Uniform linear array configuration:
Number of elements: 16
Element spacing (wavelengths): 0.5
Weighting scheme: binomial
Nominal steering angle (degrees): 45
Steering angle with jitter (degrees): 46.966
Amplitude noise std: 0.05
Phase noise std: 0.05

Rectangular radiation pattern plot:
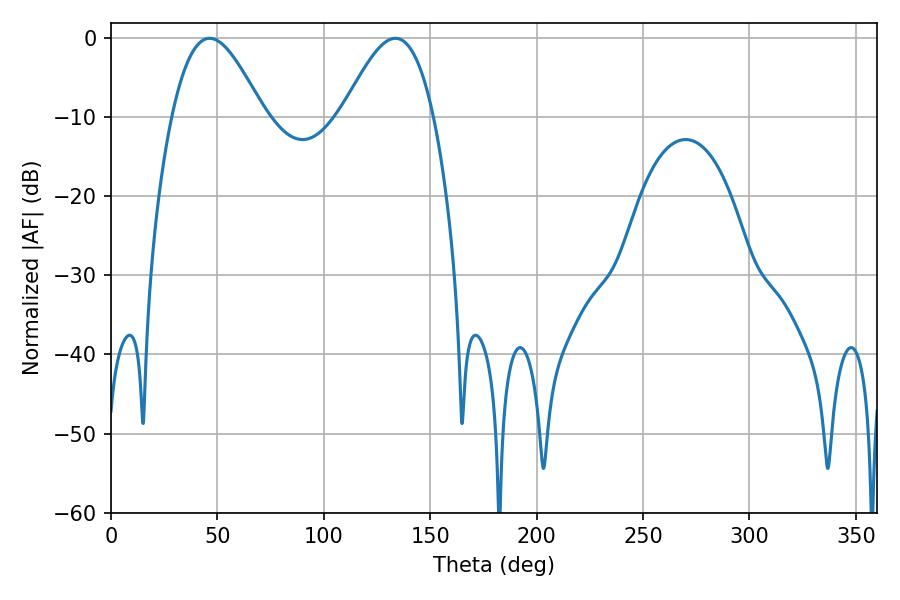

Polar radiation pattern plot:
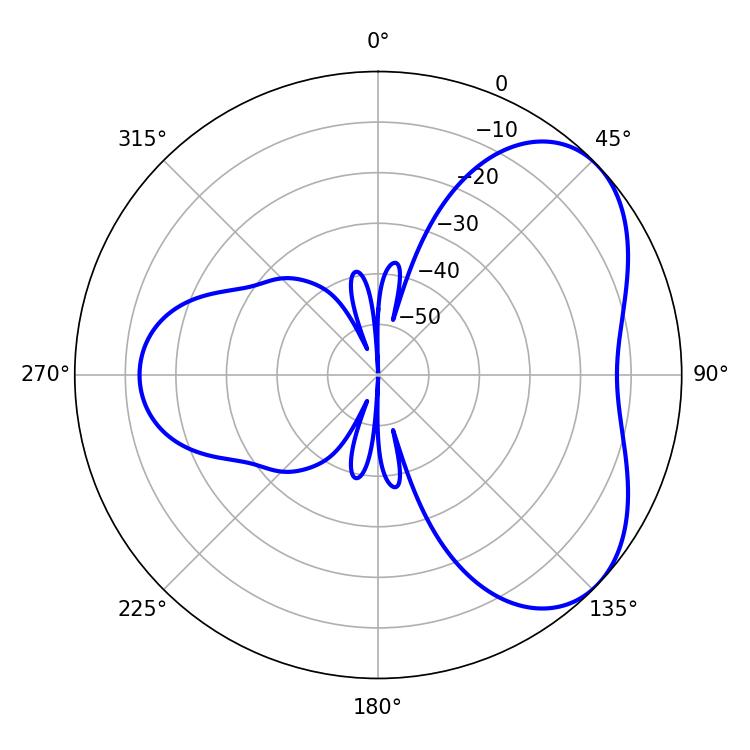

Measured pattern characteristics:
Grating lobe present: FALSE
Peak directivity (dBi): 4.845
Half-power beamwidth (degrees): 23.22
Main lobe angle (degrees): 46.44